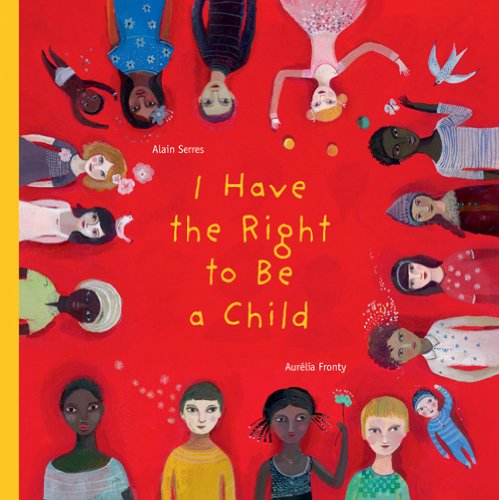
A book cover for I Have the Right to Be a Child; Alain Serres; Children's Books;